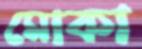
মোকা